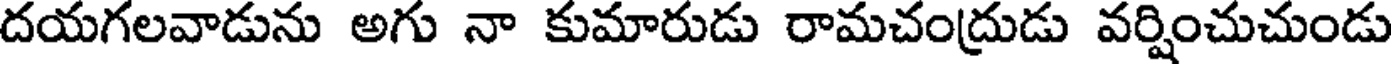
దయగలవాడును అగు నా కుమారుడు రామచంద్రుడు వర్షించుచుండు